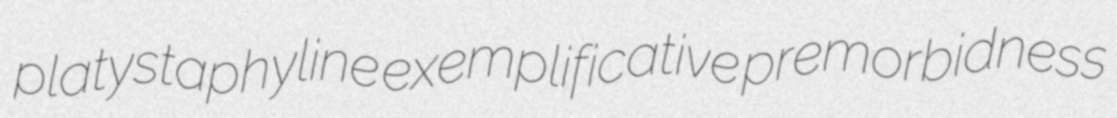
platystaphyline exemplificative premorbidness